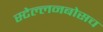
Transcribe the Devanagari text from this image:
स्‍टेल्‍लनबोसच